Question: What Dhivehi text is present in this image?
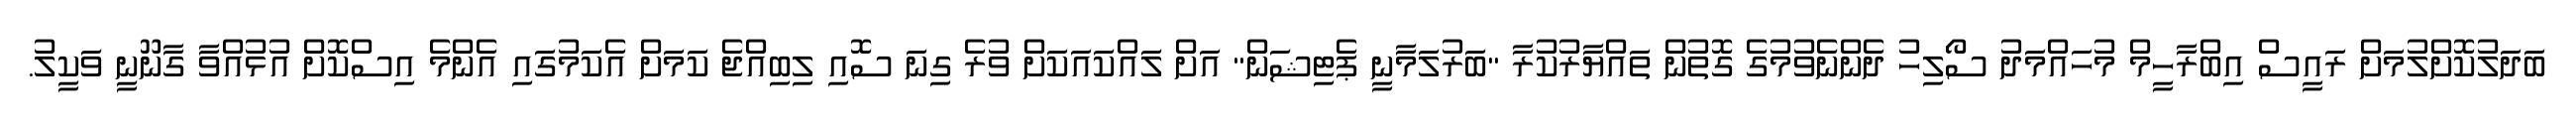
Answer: ބަދަލުކޮށްލުމަށް ރައީސް އިބްރާހީމް މުހައްމަދު ސޯލިހު ދެންނެވުމުގެ ގޮތުން ތައްޔާރުކުރާ "ބަރުލަމާނީ ޕެޓިޝަން" އަށް ލައްކައަކަށް ވުރެ ގިނަ ސޮއި ލިބިއްޖެ ކަމަށް އެކަމުގައި އެންމެ އިސްކޮށް އުޅުއްވާ ގާނޫނީ ވަކީލު.